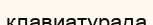
клавиатурада